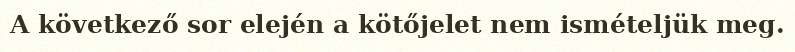
A következő sor elején a kötőjelet nem ismételjük meg.